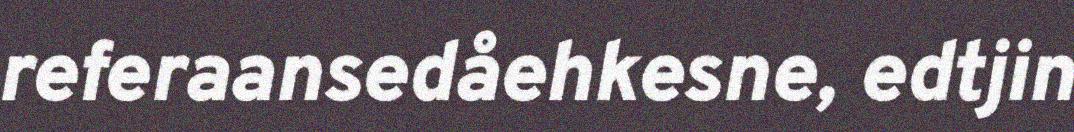
referaansedåehkesne, edtjin